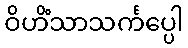
ဝိဟိံသာသင်္ကပ္ပေါ